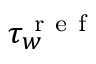
\tau _ { w } ^ { \mathrm { ~ r ~ e ~ f ~ } }